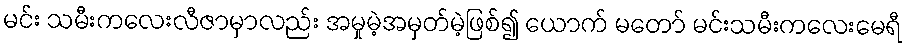
မင်း သမီးကလေးလီဇာမှာလည်း အမှုမဲ့အမှတ်မဲ့ဖြစ်၍ ယောက် မတော် မင်းသမီးကလေးမေရီ